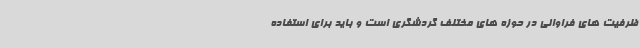
ظرفیت های فراوانی در حوزه های مختلف گردشگری است و باید برای استفاده